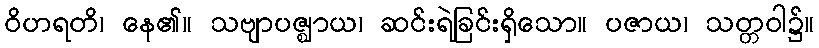
ဝိဟရတိ၊ နေ၏။ သဗျာပဇ္ဈာယ၊ ဆင်းရဲခြင်းရှိသော။ ပဇာယ၊ သတ္တဝါ၌။